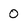
Character: 0